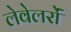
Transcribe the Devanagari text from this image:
लेवेलरों